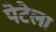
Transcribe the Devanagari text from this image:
पेटेला